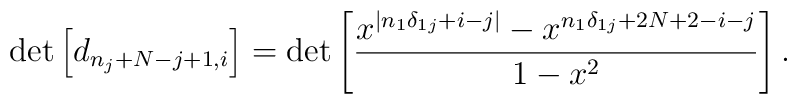
\det\left[d_{n_{j}+N-j+1,i}\right] =\det\left[\frac{x^{|n_{1}\delta_{1j}+i-j|}-x^{n_{1}\delta_{1j}+2N+2-i-j}}{1-x^{2}}\right].